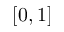
[ 0 , 1 ]